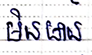
មិនមាន